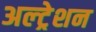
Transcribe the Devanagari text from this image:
अल्ट्रेशन